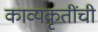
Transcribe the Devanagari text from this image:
काव्यकृतींची